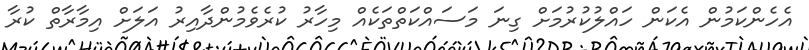
އެހެންކަމުން އެކަން ހައްލުކުރުމަށް ގިނަ މަސައްކަތްތަކެއް މިހާރު ކުރެވެމުންދާއިރު އަލަށް އިމާރާތް ކުރާ